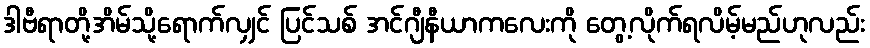
ဒါဗီရာတို့အိမ်သို့ရောက်လျှင် ပြင်သစ် အင်ဂျီနီယာကလေးကို တွေ့လိုက်ရလိမ့်မည်ဟုလည်း